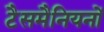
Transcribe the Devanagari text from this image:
टैसमैनियनों